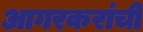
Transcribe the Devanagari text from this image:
आगरकरांची